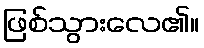
ဖြစ်သွားလေ၏။